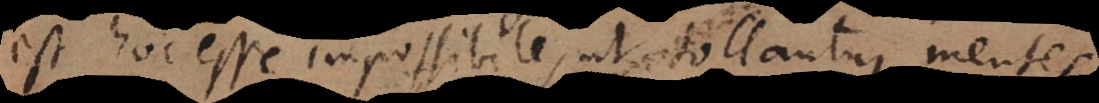
est hoc esse impossibile, ut tollantur mentes